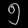
Digit: ၅